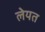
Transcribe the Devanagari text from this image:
लेयत